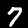
Label: 7